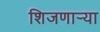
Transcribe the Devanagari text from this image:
शिजणार्‍या